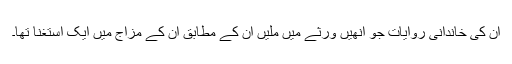
ان کی خاندانی روایات جو انھیں ورثے میں ملیں ان کے مطابق ان کے مزاج میں ایک استغنا تھا۔